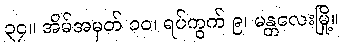
၃၄။ အိမ်အမှတ် ၁၀၊ ရပ်ကွက် ၉၊ မန္တလေးမြို့။